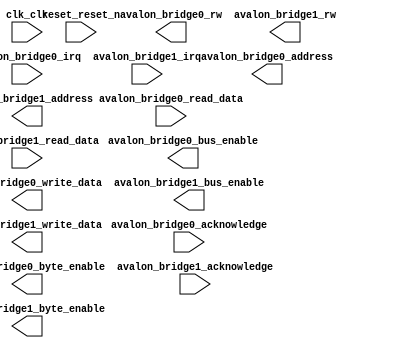

module nios_system (
	clk_clk,
	reset_reset_n,
	avalon_bridge0_acknowledge,
	avalon_bridge0_irq,
	avalon_bridge0_address,
	avalon_bridge0_bus_enable,
	avalon_bridge0_byte_enable,
	avalon_bridge0_rw,
	avalon_bridge0_write_data,
	avalon_bridge0_read_data,
	avalon_bridge1_acknowledge,
	avalon_bridge1_irq,
	avalon_bridge1_address,
	avalon_bridge1_bus_enable,
	avalon_bridge1_byte_enable,
	avalon_bridge1_rw,
	avalon_bridge1_write_data,
	avalon_bridge1_read_data);	

	input		clk_clk;
	input		reset_reset_n;
	input		avalon_bridge0_acknowledge;
	input		avalon_bridge0_irq;
	output	[10:0]	avalon_bridge0_address;
	output		avalon_bridge0_bus_enable;
	output	[1:0]	avalon_bridge0_byte_enable;
	output		avalon_bridge0_rw;
	output	[15:0]	avalon_bridge0_write_data;
	input	[15:0]	avalon_bridge0_read_data;
	input		avalon_bridge1_acknowledge;
	input		avalon_bridge1_irq;
	output	[10:0]	avalon_bridge1_address;
	output		avalon_bridge1_bus_enable;
	output	[1:0]	avalon_bridge1_byte_enable;
	output		avalon_bridge1_rw;
	output	[15:0]	avalon_bridge1_write_data;
	input	[15:0]	avalon_bridge1_read_data;
endmodule